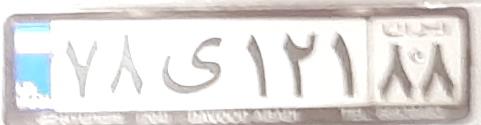
۷۸ی۱۲۱۸۸